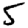
Digit: 5